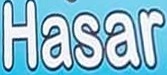
Hasar